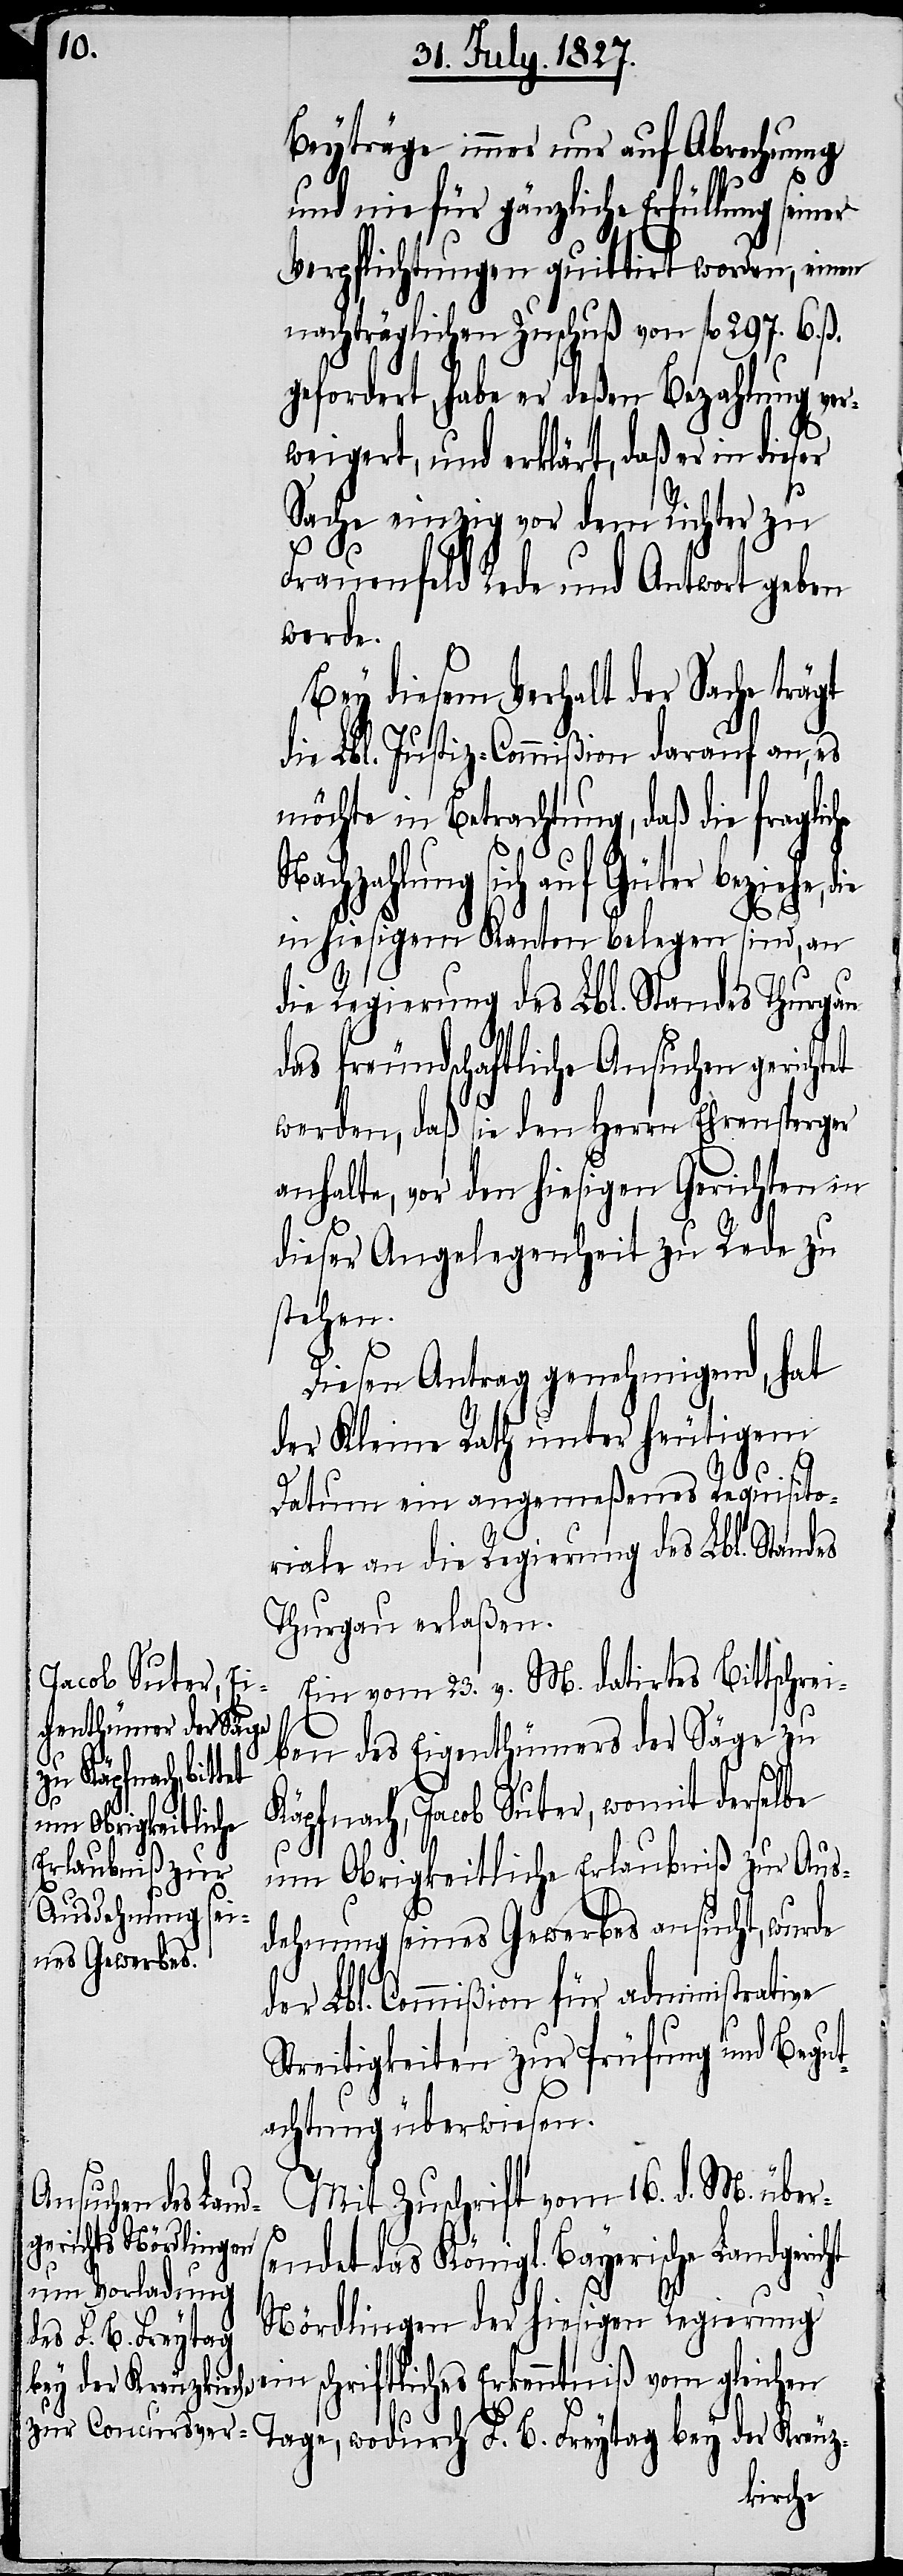
Beyträge immer nur auf Abrechnung
ht
und nie für gänzliche Erfüllung seiner
Verpflichtungen quittirt worden, einen
nachträglichen Zuschuß von fl. 297. 6. ß.
gefordert, habe er deßen Bezahlung ve¬
rweigert, und erklärt, daß er in dieser
Sache einzig vor dem Richter zu
Frauenfeld Rede und Antwort geben
werde.
Bey diesem Verhalt der Sache trägt
die Lbl. Justiz-Commißion darauf an, es
möchte in Betrachtung, daß die fraglic¬
chzahlung sich auf Güter beziehe,
in hiesigem Kanton belegen sind, an
die Regierung des Lbl. Standes Thurgau
das freundschaftliche Ansuchen gerichtet
werden, daß sie den Herrn Ehrensperger
anhalte, vor den hiesigen Gerichten in
dieser Angelegenheit zu Rede zu
stehen.
he
Diesen Antrag genehmigend, hat
der Kleine Rath unter heutigem
Datum ein angemeßenes Requisito¬
riale an die Regierung des Lbl. Standes
Thurgau erlaßen.
Ein vom 23. v. M. datirtes Bittschrei¬
ben des Eigenthümers der Säge zu
Käpfnach, Jacob Suter, womit derselbe
um Obrigkeitliche Erlaubniß zur Aus¬
ei¬
dehnung seines Gewerbes ansucht, wurde
der Lbl. Commißion für administrative
Streitigkeiten zur Prüfung und Begut¬
achtung überwiesen.
Mit Zuschrift vom 16. d. M. übers¬
endet das Königl. Bayerische Landgeric¬
Nördlingen der hiesigen Regierung
F. B. Freytag
n schriftliches Erkenntniß vom gleichen
bey der Kreuz-